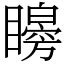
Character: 矈